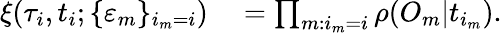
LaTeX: \begin{array}{r}{\begin{array}{rl}{\xi(\tau_{i},t_{i};\{ \varepsilon_{m}\} _{i_{m}=i})}&{{}=\prod_{m:i_{m}=i}\rho(O_{m}|t_{i_{m}}).}\end{array}}\end{array}